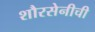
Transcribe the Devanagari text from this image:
शौरसेनीची